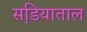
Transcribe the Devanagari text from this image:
सडि़याताल